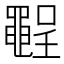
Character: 𪓪